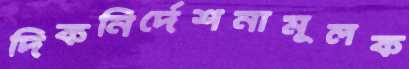
দিকনির্দেশনামূলক